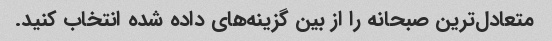
متعادل‌ترین صبحانه را از بین گزینه‌های داده شده انتخاب کنید.